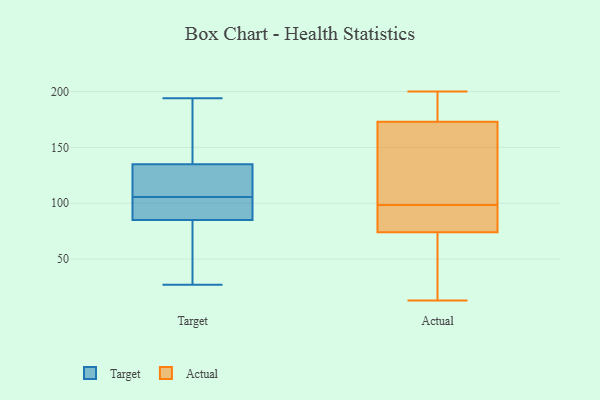
{"axis": {"x": "Operating Costs (USD K)", "y": "Value"}, "legend": ["Actual", "Target"], "data": [{"x": "", "y": 78, "type": "Target"}, {"x": "", "y": 112, "type": "Target"}, {"x": "", "y": 157, "type": "Target"}, {"x": "", "y": 121, "type": "Target"}, {"x": "", "y": 54, "type": "Target"}, {"x": "", "y": 85, "type": "Target"}, {"x": "", "y": 99, "type": "Target"}, {"x": "", "y": 116, "type": "Target"}, {"x": "", "y": 27, "type": "Target"}, {"x": "", "y": 186, "type": "Target"}, {"x": "", "y": 135, "type": "Target"}, {"x": "", "y": 133, "type": "Target"}, {"x": "", "y": 48, "type": "Target"}, {"x": "", "y": 194, "type": "Target"}, {"x": "", "y": 160, "type": "Target"}, {"x": "", "y": 88, "type": "Target"}, {"x": "", "y": 88, "type": "Target"}, {"x": "", "y": 87, "type": "Target"}, {"x": "", "y": 14, "type": "Actual"}, {"x": "", "y": 25, "type": "Actual"}, {"x": "", "y": 200, "type": "Actual"}, {"x": "", "y": 74, "type": "Actual"}, {"x": "", "y": 13, "type": "Actual"}, {"x": "", "y": 197, "type": "Actual"}, {"x": "", "y": 151, "type": "Actual"}, {"x": "", "y": 91, "type": "Actual"}, {"x": "", "y": 196, "type": "Actual"}, {"x": "", "y": 89, "type": "Actual"}, {"x": "", "y": 114, "type": "Actual"}, {"x": "", "y": 174, "type": "Actual"}, {"x": "", "y": 50, "type": "Actual"}, {"x": "", "y": 83, "type": "Actual"}, {"x": "", "y": 95, "type": "Actual"}, {"x": "", "y": 141, "type": "Actual"}, {"x": "", "y": 173, "type": "Actual"}, {"x": "", "y": 102, "type": "Actual"}]}